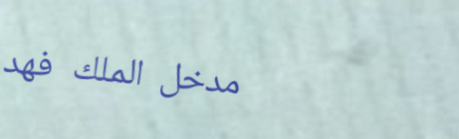
مدخل الملك فهد